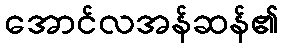
အောင်လအန်ဆန်၏